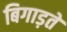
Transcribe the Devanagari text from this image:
बिगाड़ते